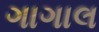
ગાગાલ